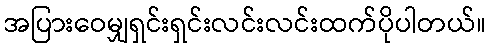
အပြားဝေမျှရှင်းရှင်းလင်းလင်းထက်ပိုပါတယ်။